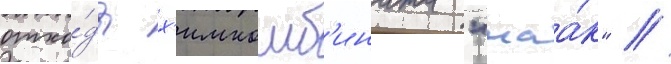
отхо́ды х'имкомб'ината "маа́к" //